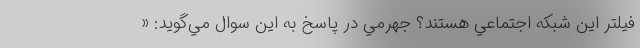
فيلتر اين شبكه اجتماعي هستند؟ جهرمي در پاسخ به اين سوال مي‌گويد: «